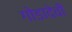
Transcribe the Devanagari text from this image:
गोडादेवी